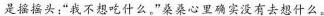
是摇摇头：”我不想吃什么，”桑桑心里确实没有去想什么。